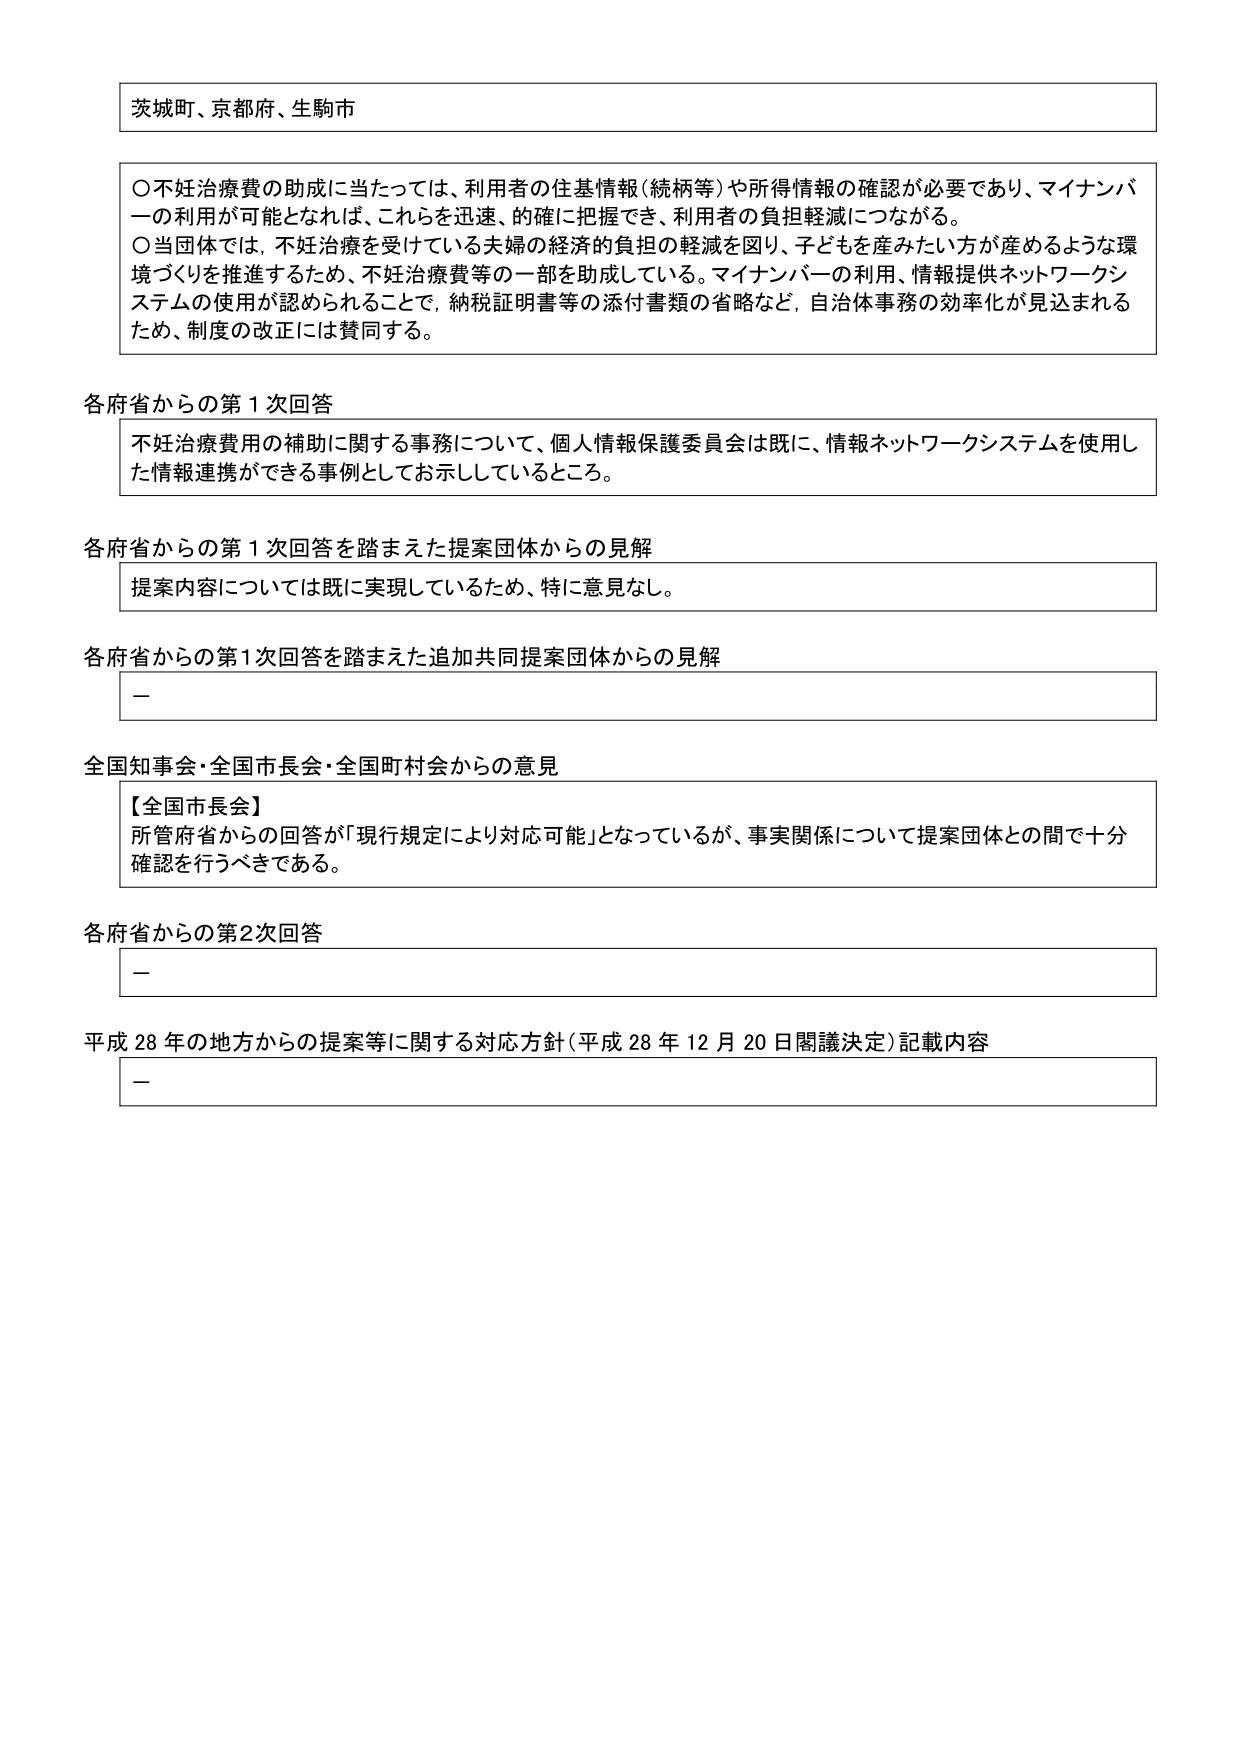
茨城町、京都府、生駒市

○不妊治療費の助成に当たっては、利用者の住基情報（続柄等）や所得情報の確認が必要であり、マイナンバーの利用が可能となれば、これらを迅速、的確に把握でき、利用者の負担軽減につながる。
○当団体では、不妊治療を受けている夫婦の経済的負担の軽減を図り、子どもを産みたい方が産めるような環境づくりを推進するため、不妊治療費等の一部を助成している。マイナンバーの利用、情報提供ネットワークシステムの使用が認められることで、納税証明書等の添付書類の省略など、自治体事務の効率化が見込まれるため、制度の改正には賛同する。

各府省からの第1次回答
不妊治療費用の補助に関する事務について、個人情報保護委員会は既に、情報ネットワークシステムを使用した情報連携ができる事例としてお示ししているところ。

各府省からの第1次回答を踏まえた提案団体からの見解
提案内容については既に実現しているため、特に意見なし。

各府省からの第1次回答を踏まえた追加共同提案団体からの見解
－

全国知事会・全国市長会・全国町村会からの意見
【全国市長会】
所管府省からの回答が「現行規定により対応可能」となっているが、事実関係について提案団体との間で十分確認を行うべきである。

各府省からの第2次回答
－

平成28年の地方からの提案等に関する対応方針（平成28年12月20日閣議決定）記載内容
－